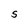
Character: S